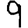
Digit: 9